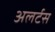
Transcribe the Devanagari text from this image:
अलर्टस